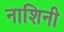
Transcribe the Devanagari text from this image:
नाशिनी